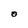
Character: O